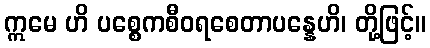
ဣမေ ဟိ ပစ္စေကစီဝရစေတာပန္နေဟိ၊ တို့ဖြင့်။